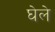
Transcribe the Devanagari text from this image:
घेले